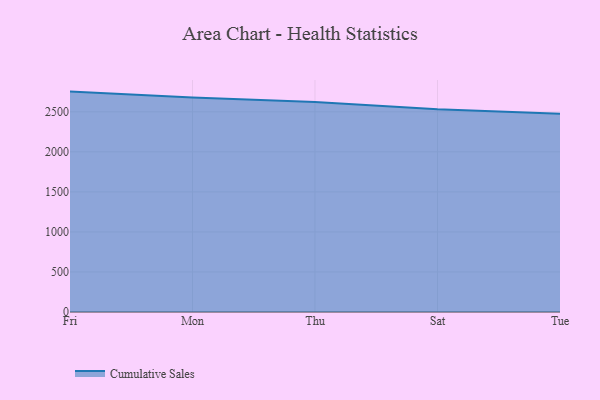
{"axis": {"x": "Day", "y": "Revenue (USD Million)"}, "legend": ["Cumulative Sales"], "data": [{"x": "Fri", "y": 2752.3, "type": "Cumulative Sales"}, {"x": "Mon", "y": 2677.1, "type": "Cumulative Sales"}, {"x": "Thu", "y": 2621.3, "type": "Cumulative Sales"}, {"x": "Sat", "y": 2530.5, "type": "Cumulative Sales"}, {"x": "Tue", "y": 2474.9, "type": "Cumulative Sales"}]}